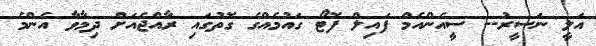
އަލީ ނަސީރު-- ސީއެންއެމް ފައިލް ފޮޓޯ ގައުމެއްގެ ގޮތުގައި ރާއްޖެއަށް ދިމާވާ އެންމެ